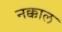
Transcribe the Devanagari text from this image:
नक्काल